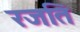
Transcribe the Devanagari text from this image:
रजति